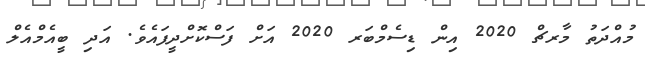
މުއްދަތު މާރޗް 2020 އިން ޑިސެމްބަރ 2020 އަށް ފަސްކޮށްދީފައެވެ. އަދި ބީއެމްއެލް